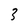
Character: 3